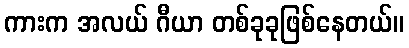
ကားက အလယ် ဂီယာ တစ်ခုခုဖြစ်နေတယ်။